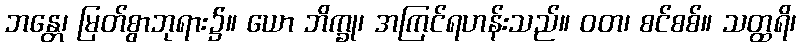
ဘန္တေ၊ မြတ်စွာဘုရား၌။ ယော ဘိက္ခု၊ အကြင်ရဟန်းသည်။ ဝတ၊ စင်စစ်။ သတ္ထရိ၊